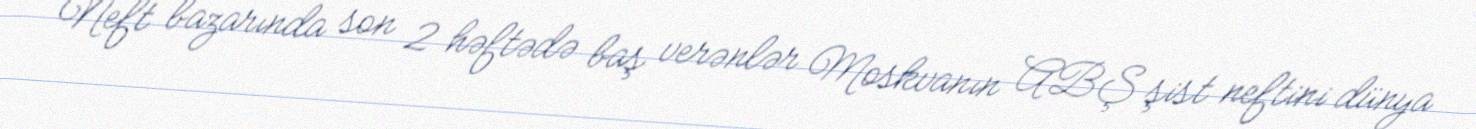
Neft bazarında son 2 həftədə baş verənlər Moskvanın ABŞ şist neftini dünya